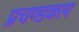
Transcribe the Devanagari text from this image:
प्रचण्डकाय